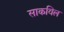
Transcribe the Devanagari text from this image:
साकविल